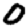
Digit: 0